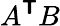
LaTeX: A^{\boldsymbol{\mathsf{T}}}B